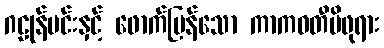
ဂဠုန်မင်းနှင့် ဖောက်ပြန်သော ကာကဝတီမိဖုရား